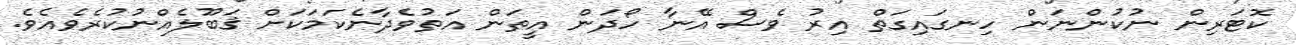
ކޮޓަރިން ނުކުންނަން ހިނގައިގަތް އިރު ވެސް އޭނާ ހޯދަން އީތަން އަތުވެދާނެކަމަކަށް ޤަބޫލެއްނުކުރެވެއެވެ.